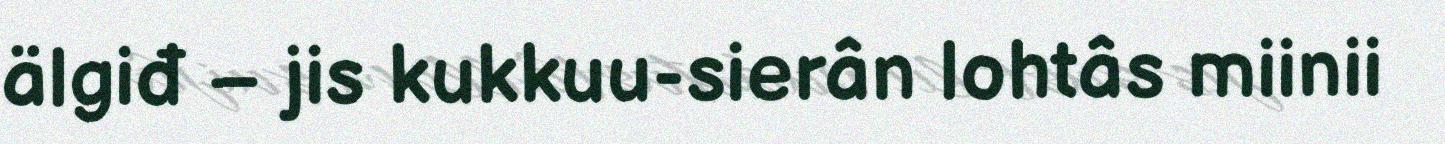
älgiđ – jis kukkuu-sierân lohtâs miinii